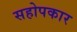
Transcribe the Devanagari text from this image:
सहोपकार